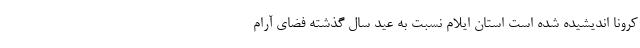
کرونا اندیشیده شده است استان ایلام نسبت به عید سال گذشته فضای آرام